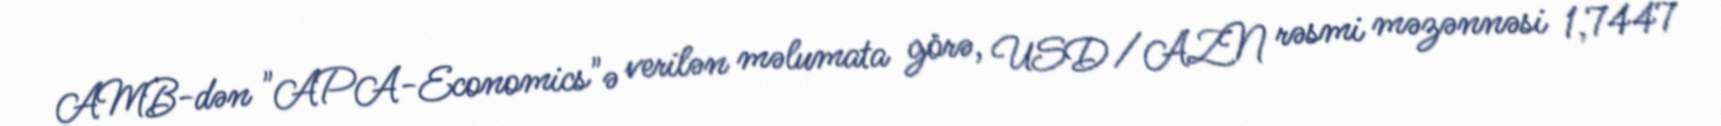
AMB-dən "APA-Economics"ə verilən məlumata görə, USD/AZN rəsmi məzənnəsi 1,7447